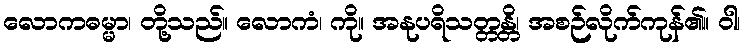
လောကဓမ္မာ၊ တို့သည်။ လောကံ၊ ကို။ အနုပရိသတ္တန္တိ၊ အစဉ်လိုက်ကုန်၏။ ဝါ၊